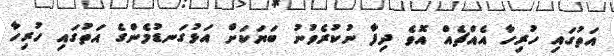
އަތުގައި ހުރިހާ އެއްޗެއް އޮވެ ދިފާ ނުކުރެވުނު ބަޔަކަށް އަޅުގަނޑުމެންގެ އަތުގައި ހުރިހާ